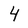
Character: 4